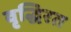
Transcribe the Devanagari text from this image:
वृद्धिरत